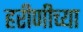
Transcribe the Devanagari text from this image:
हरीणीच्या